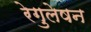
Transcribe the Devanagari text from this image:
रेगुलेषन